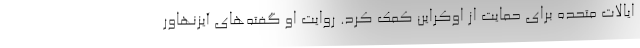
ایالات متحده برای حمایت از اوکراین کمک کرد. روایت او گفته‌های آیزنهاور